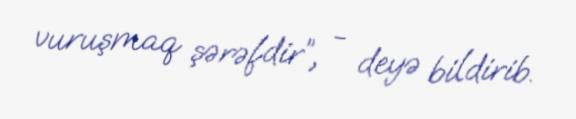
vuruşmaq şərəfdir”, - deyə bildirib.